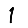
Digit: 1